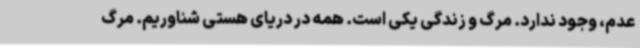
عدم، وجود ندارد. مرگ و زندگی یکی است. همه در دریای هستی شناوریم. مرگ